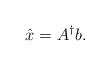
LaTeX: \begin{align*} \hat{x} = A^\dagger b.\end{align*}